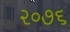
૨૦૭૬